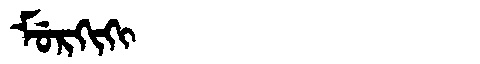
Manchu: ᠮᡠᡵᡴᡳᡴᡳ
Romanization: MURKIKI